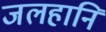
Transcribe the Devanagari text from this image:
जलहानि